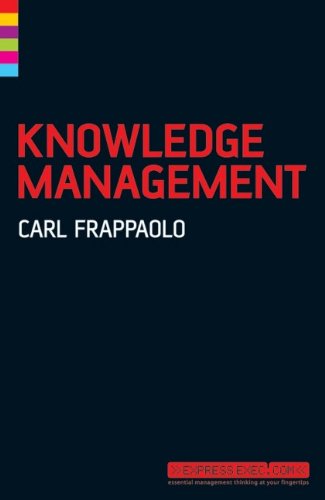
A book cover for Knowledge Management; Carl Frappaolo; Business & Money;